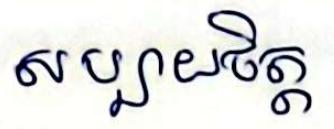
សប្បាយចិត្ត